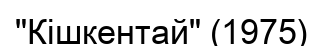
"Кішкентай" (1975)